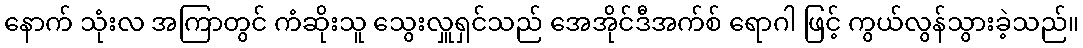
နောက် သုံးလ အကြာတွင် ကံဆိုးသူ သွေးလှူရှင်သည် အေအိုင်ဒီအက်စ် ရောဂါ ဖြင့် ကွယ်လွန်သွားခဲ့သည်။